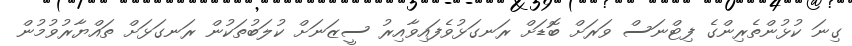
ގިނަ ކުޅުންތެރިންގެ ފިޓްނަސް ވަރަށް ބޮޑަށް ރަނގަޅުވެފައިވާއިރު ސީޒަނަށް ކުލަބުތަކުން ރަނގަޅަށް ތައްޔާރުވުމުން